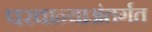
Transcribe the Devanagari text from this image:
परवान्याअंतर्गत